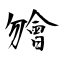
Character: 𣍐